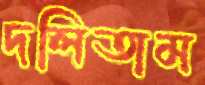
দলিতাম